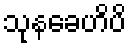
သုနခေဟိပိ